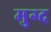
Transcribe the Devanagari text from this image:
मुग्द